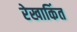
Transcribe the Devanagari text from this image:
रेखाकिंत